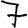
Digit: 7